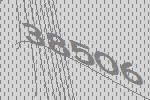
38506